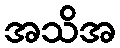
အသိအ